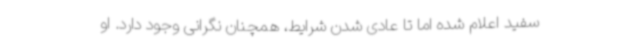
سفید اعلام شده اما تا عادی شدن شرایط، همچنان نگرانی وجود دارد. او